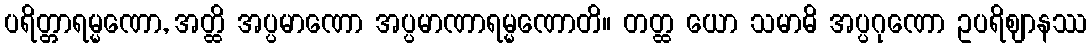
ပရိတ္တာရမ္မဏော, အတ္ထိ အပ္ပမာဏော အပ္ပမာဏာရမ္မဏောတိ။ တတ္ထ ယော သမာဓိ အပ္ပဂုဏော ဥပရိဈာနဿ